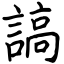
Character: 謞